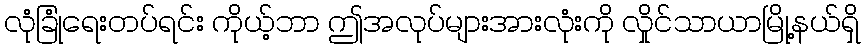
လုံခြုံရေးတပ်ရင်း ကိုယ့်ဘာ ဤအလုပ်များအားလုံးကို လှိုင်သာယာမြို့နယ်ရှိ